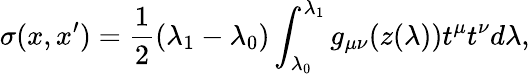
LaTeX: \sigma(x,x^{\prime})=\frac{1}{2}(\lambda_{1}-\lambda_{0})\int_{\lambda_{0}}^{\lambda_{1}}g_{\mu\nu}(z(\lambda))t^{\mu}t^{\nu}d\lambda,